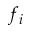
f _ { i }